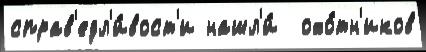
справ'едл'и́вост'и нашл'и́  охо́тн'иков